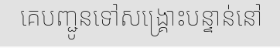
គេបញ្ជូនទៅសង្គ្រោះបន្ទាន់នៅ